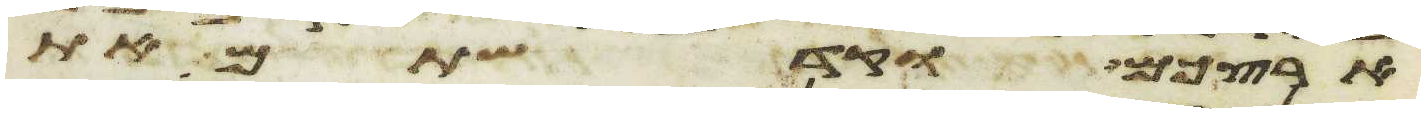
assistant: ארצכם וקדשתם את